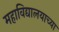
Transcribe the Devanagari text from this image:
महाविद्यालयाच्‍या